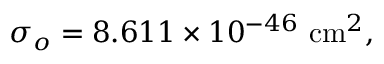
\sigma _ { o } = 8 . 6 1 1 \times 1 0 ^ { - 4 6 } ~ \mathrm { c m } ^ { 2 } ,